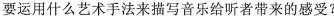
要运用什么艺术手法来描写音乐给听者带来的感受?